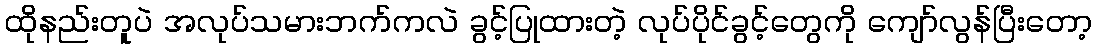
ထိုနည်းတူပဲ အလုပ်သမားဘက်ကလဲ ခွင့်ပြုထားတဲ့ လုပ်ပိုင်ခွင့်တွေကို ကျော်လွန်ပြီးတော့